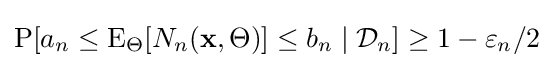
\operatorname {P} [a_{n}\leq \operatorname {E} _{\Theta }[N_{n}(\mathbf {x} ,\Theta )]\leq b_{n}\mid {\mathcal {D}}_{n}]\geq 1-\varepsilon _{n}/2